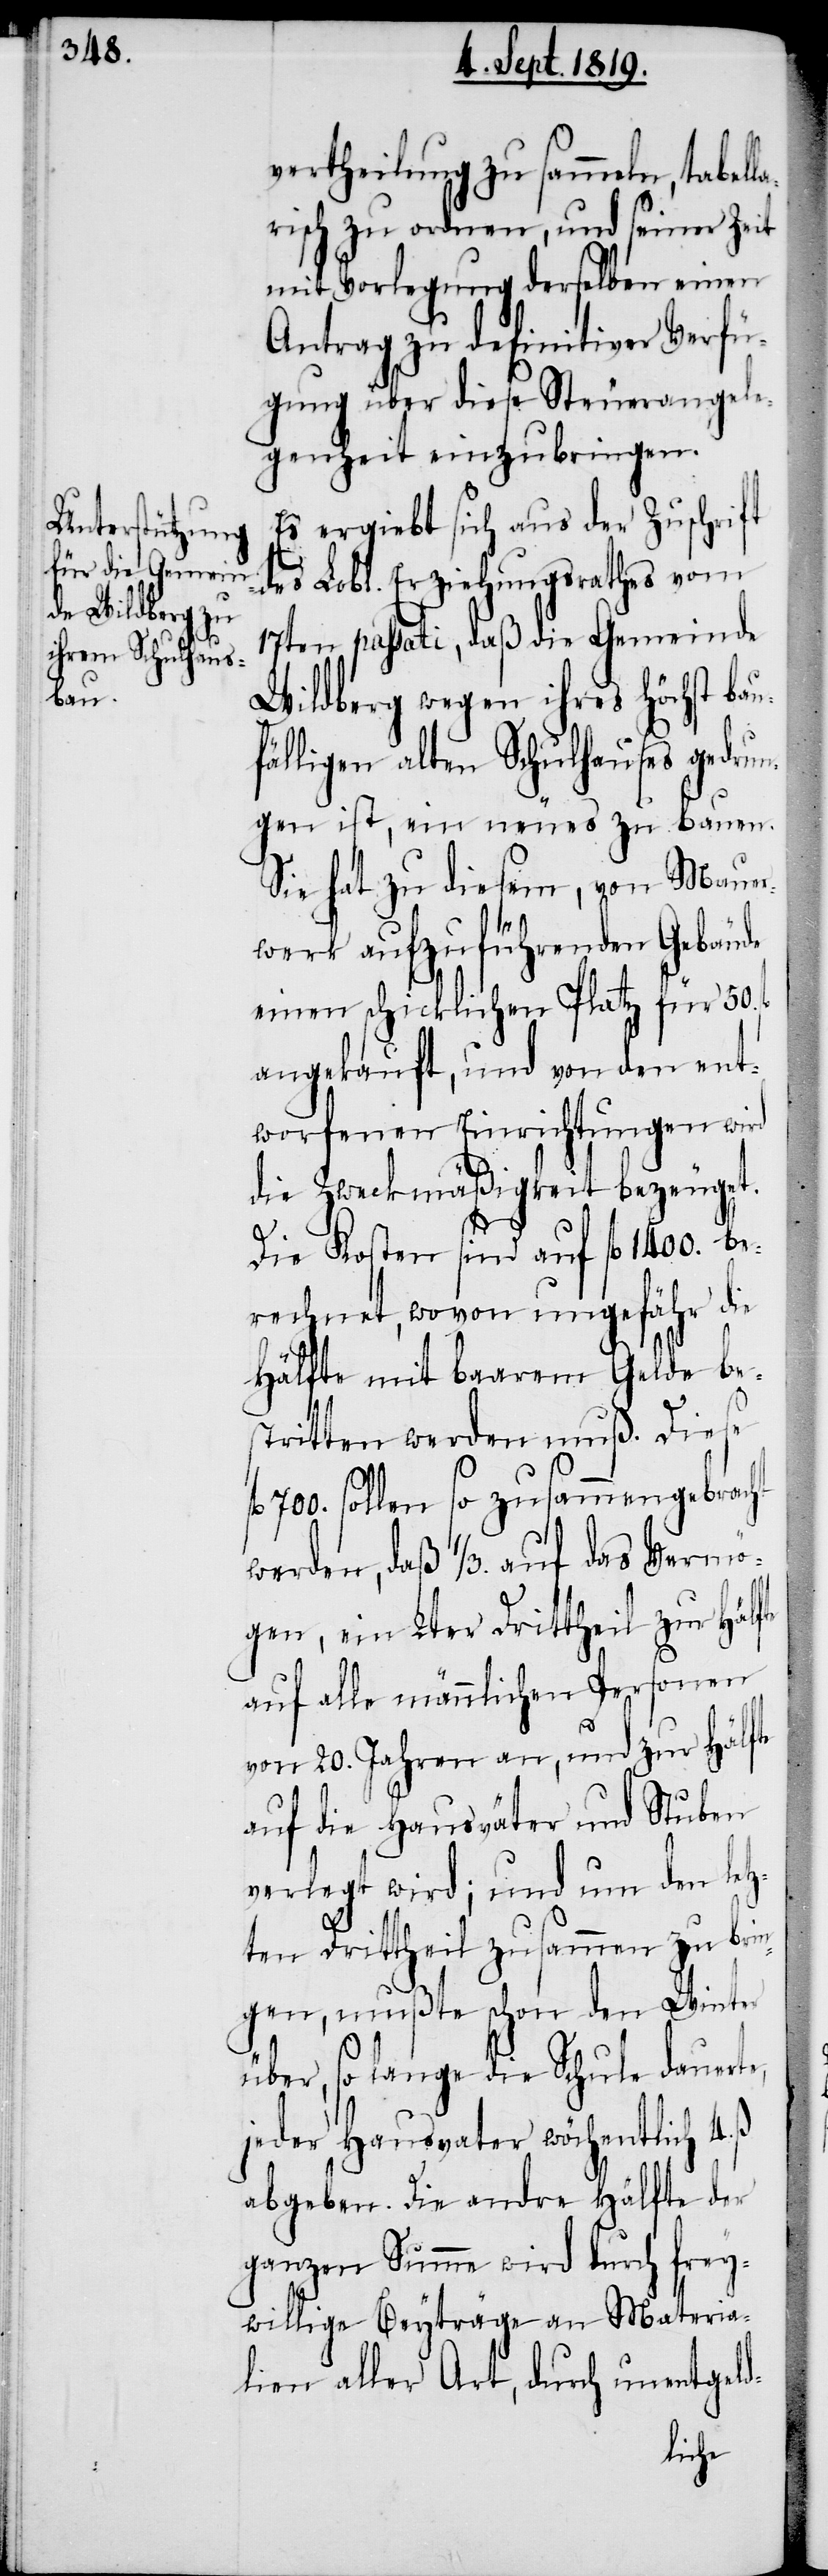
vertheilung zu sammeln, tabel¬
risch zu ordnen, und seiner Zeit
mit Vorlegung derselben einen
Antrag zu definitiver Verfü¬
gung über diese Steuerangele¬
genheit einzubringen.
Es ergiebt sich aus der Zuschrift
des Lobl. Erziehungsrathes vom
17ten passati, daß die Gemeinde
Wildberg wegen ihres höchst bau¬
fälligen alten Schulhauses gedrun¬
gen ist, ein neues zu bauen.
Sie hat zu diesem, von Mauer¬
werk aufzuführenden Gebäude
einen schicklichen Platz für 50.
angekauft, und von den ent¬
worfenen Einrichtungen wird
die Zweckmäßigkeit bezeuget.
Die Kosten sind auf fl. 1400. be¬
rechnet, wovon ungefähr die
Hälfte mit baarem Gelde be¬
stritten werden muß. Diese
sollen so zusammengebrac¬
werden, daß 1/3. auf das Vermö¬
gen, ein 2ter Drittheil zur Hälfte
auf alle männlichen Personen
von 20. Jahren an, und zur Hälfte
auf die Hausväter und Stuben
verlegt wird; und um den letz¬
ß.
ten Drittheil zusammen zu brin¬
gen, mußte schon den Winter
über, so lange die Schule dauert¬
jeder Hausvater wöchentlich 4.
abgegen. Die andre Hälfte der
ganzen Summe wird durch frey¬
willige Beyträge an Materia¬
lien aller Art, durch unentgeld-